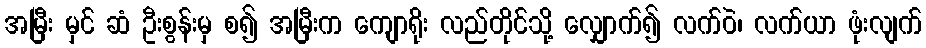
အမြီး မှင် ဆံ ဦးစွန်းမှ စ၍ အမြီးက ကျောရိုး လည်တိုင်သို့ လျှောက်၍ လက်ဝဲ၊ လက်ယာ ဖုံးလျက်